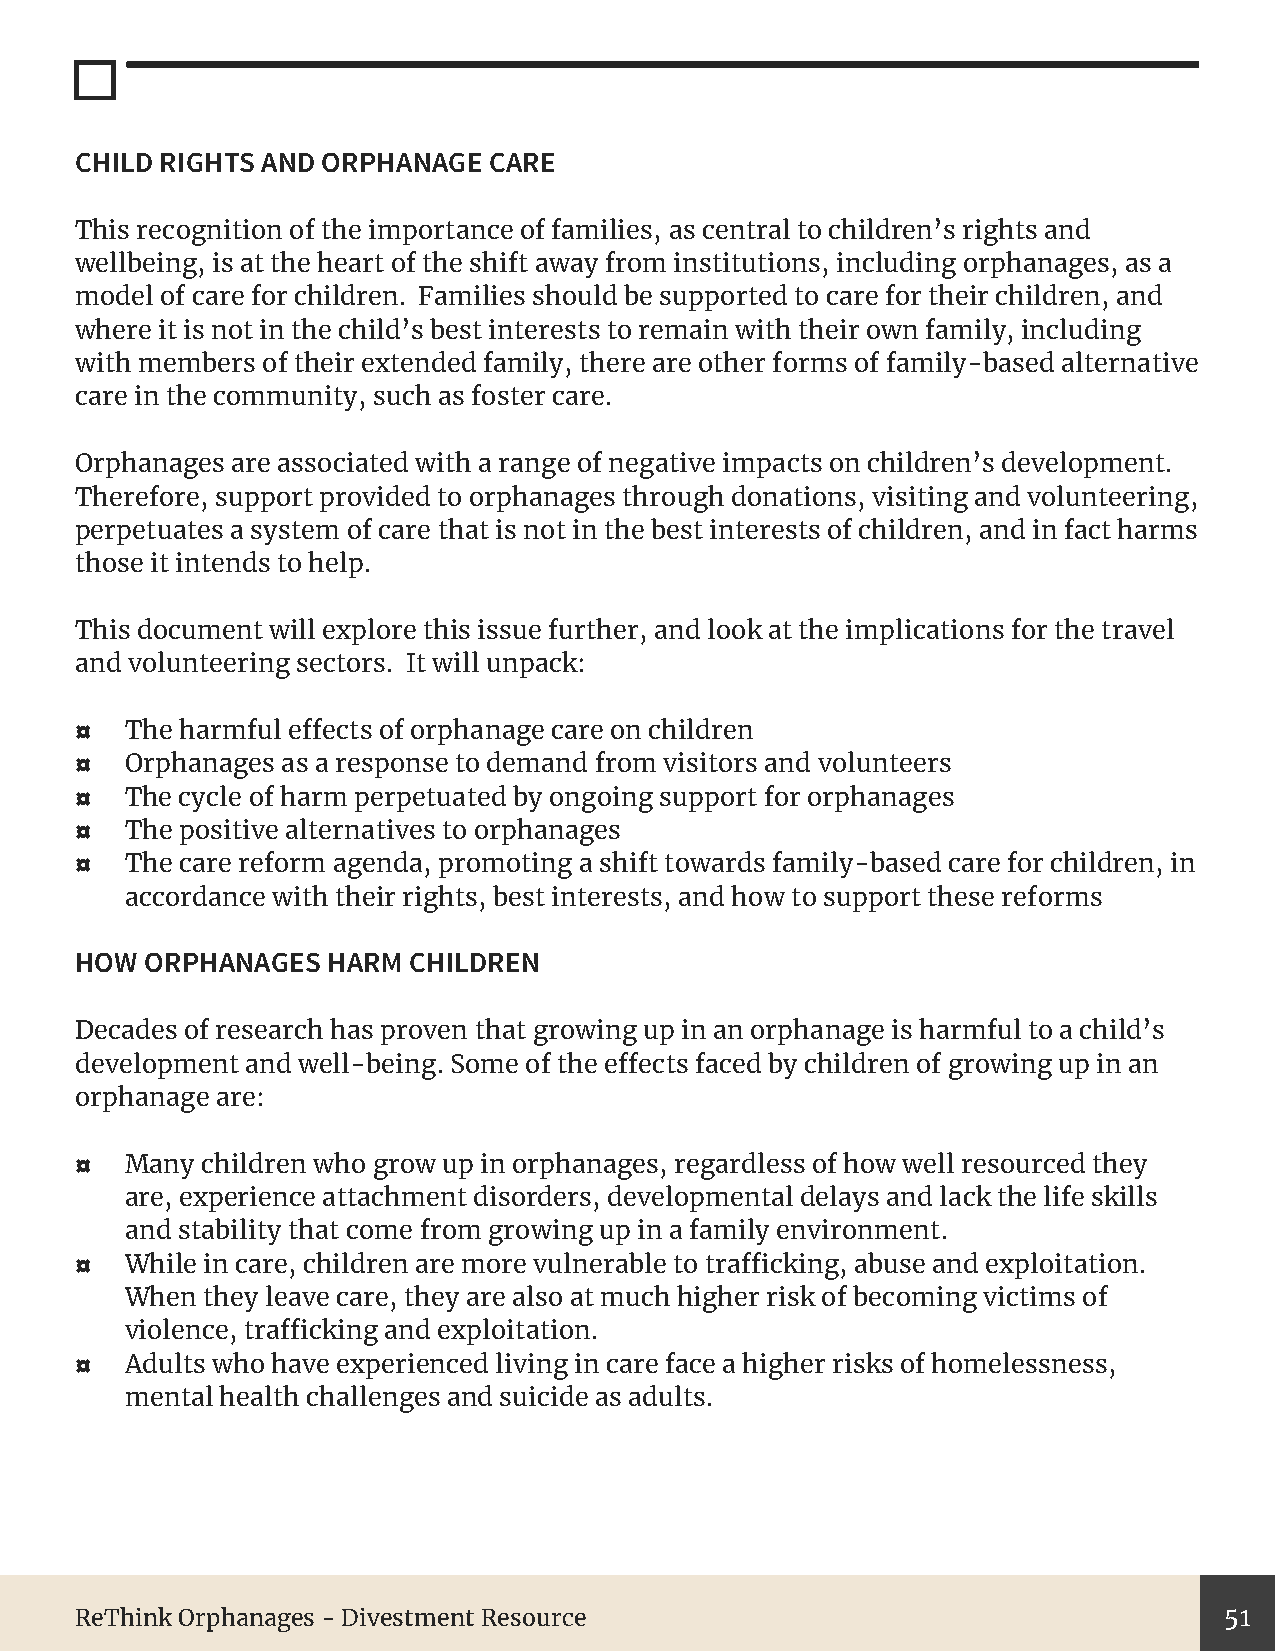
CHILD RIGHTS AND ORPHANAGE CARE
 This recognition of the importance of families, as central to children’s rights and
 wellbeing, is at the heart of the shift away from institutions, including orphanages, as a
 model of care for children. Families should be supported to care for their children, and
 where it is not in the child’s best interests to remain with their own family, including
 with members of their extended family, there are other forms of family-based alternative
 care in the community, such as foster care.
 Orphanages are associated with a range of negative impacts on children’s development.
 Therefore, support provided to orphanages through donations, visiting and volunteering,
 perpetuates a system of care that is not in the best interests of children, and in fact harms
 those it intends to help.
 This document will explore this issue further, and look at the implications for the travel
 and volunteering sectors. It will unpack:
 ¤  The harmful effects of orphanage care on children
 ¤  Orphanages as a response to demand from visitors and volunteers
 ¤  The cycle of harm perpetuated by ongoing support for orphanages
 ¤  The positive alternatives to orphanages
 ¤  The care reform agenda, promoting a shift towards family-based care for children, in
 accordance with their rights, best interests, and how to support these reforms
 HOW  ORPHANAGES  HARM CHILDREN
 Decades of research has proven that growing up in an orphanage is harmful to a child’s
 development and well-being. Some of the effects faced by children of growing up in an
 orphanage are:
 ¤  Many children who grow up in orphanages, regardless of how well resourced they
 are, experience attachment disorders, developmental delays and lack the life skills
 and stability that come from growing up in a family environment.
 ¤  While in care, children are more vulnerable to trafficking, abuse and exploitation.
 When they leave care, they are also at much higher risk of becoming victims of
 violence, trafficking and exploitation.
 ¤  Adults who have experienced living in care face a higher risks of homelessness,
 mental health challenges and suicide as adults.
 ReThink Orphanages - Divestment Resource                                    51